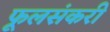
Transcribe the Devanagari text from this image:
फूलसंकरी